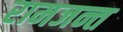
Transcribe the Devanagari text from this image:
रामजन्त